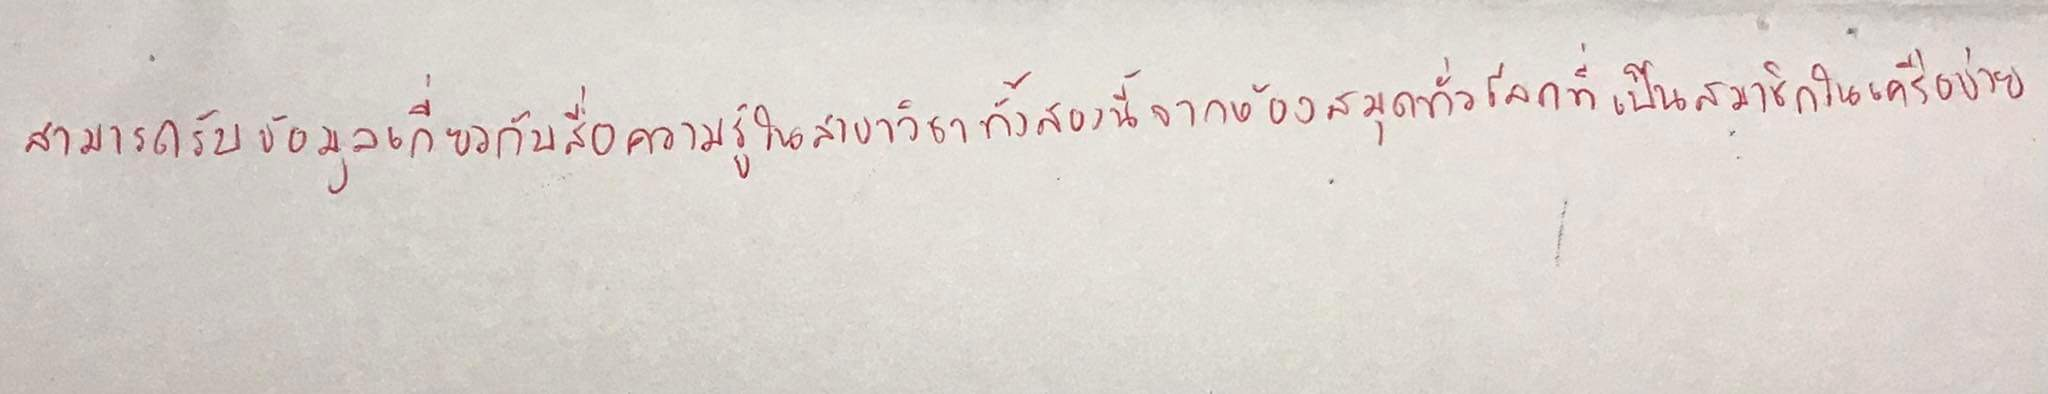
สามารถรับข้อมูลเกี่ยวกับสื่อความรู้ในสาขาวิชาทั้งสองนี้จากห้องสมุดทั่วโลกที่เป็นสมาชิกในเครือข่าย